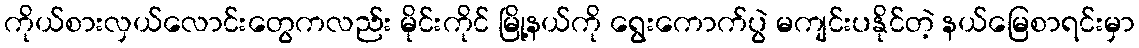
ကိုယ်စားလှယ်လောင်းတွေကလည်း မိုင်းကိုင် မြို့နယ်ကို ရွေးကောက်ပွဲ မကျင်းပနိုင်တဲ့ နယ်မြေစာရင်းမှာ